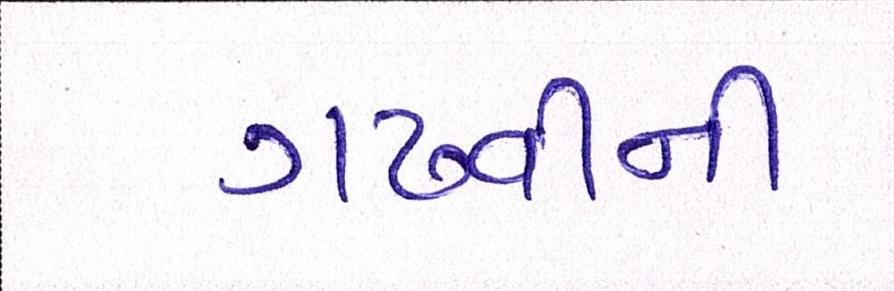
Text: ગઢવીની